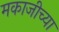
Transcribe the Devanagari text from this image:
मकाजीच्या